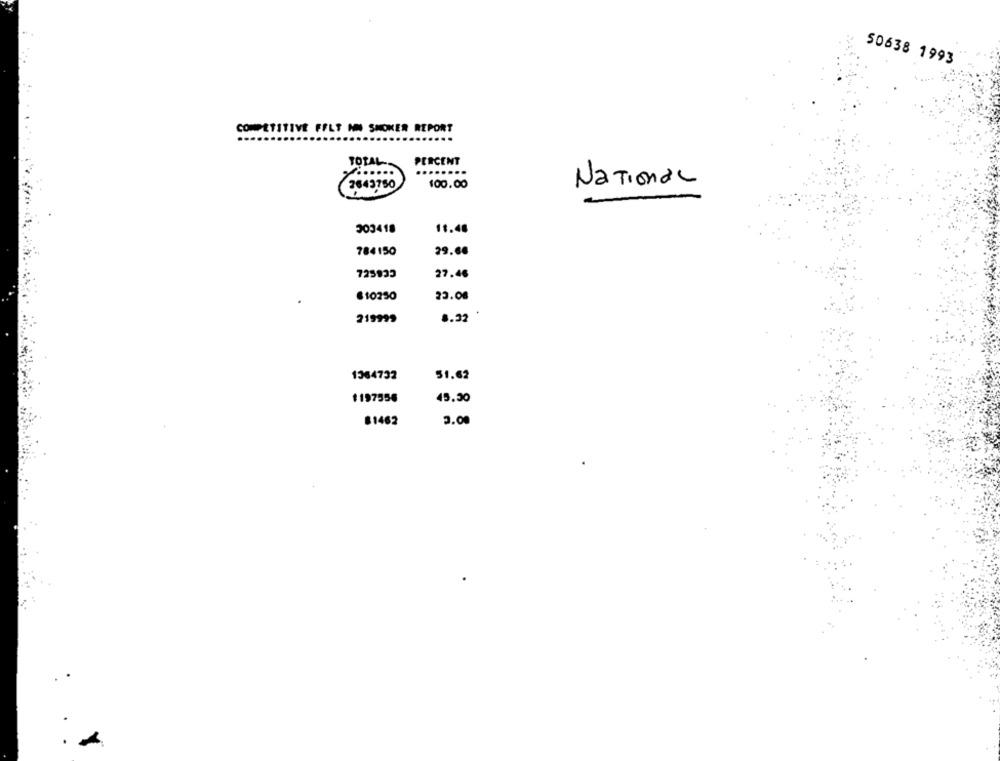
50638 1993
COMPETITIVE FFLT IN SMOKER REPORT
TOTAL
PERCENT
.......
........
National
2643750
100.00
303418
11.48
784150
29.60
725933
27.46
€10250
23.08
219999
8.32
1364732
51.62
1197556
45.30
$1462
3.00